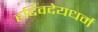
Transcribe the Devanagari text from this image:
हदिवदेयधर्म